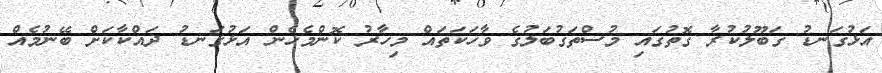
އަޅުގަނޑު ގަބޫލުކުރާ ގޮތުގައި މުސްތަގުބަލުގެ ވާހަކަތައް މިހާރު ކޮންމެހެން އަޅުގަނޑު ދައްކާކަށް ބޭނުމެއް